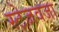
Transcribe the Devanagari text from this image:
स्टेजवजा